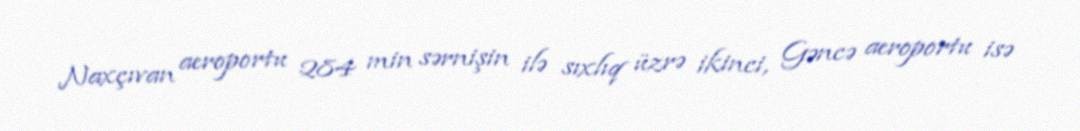
Naxçıvan aeroportu 284 min sərnişin ilə sıxlıq üzrə ikinci, Gəncə aeroportu isə